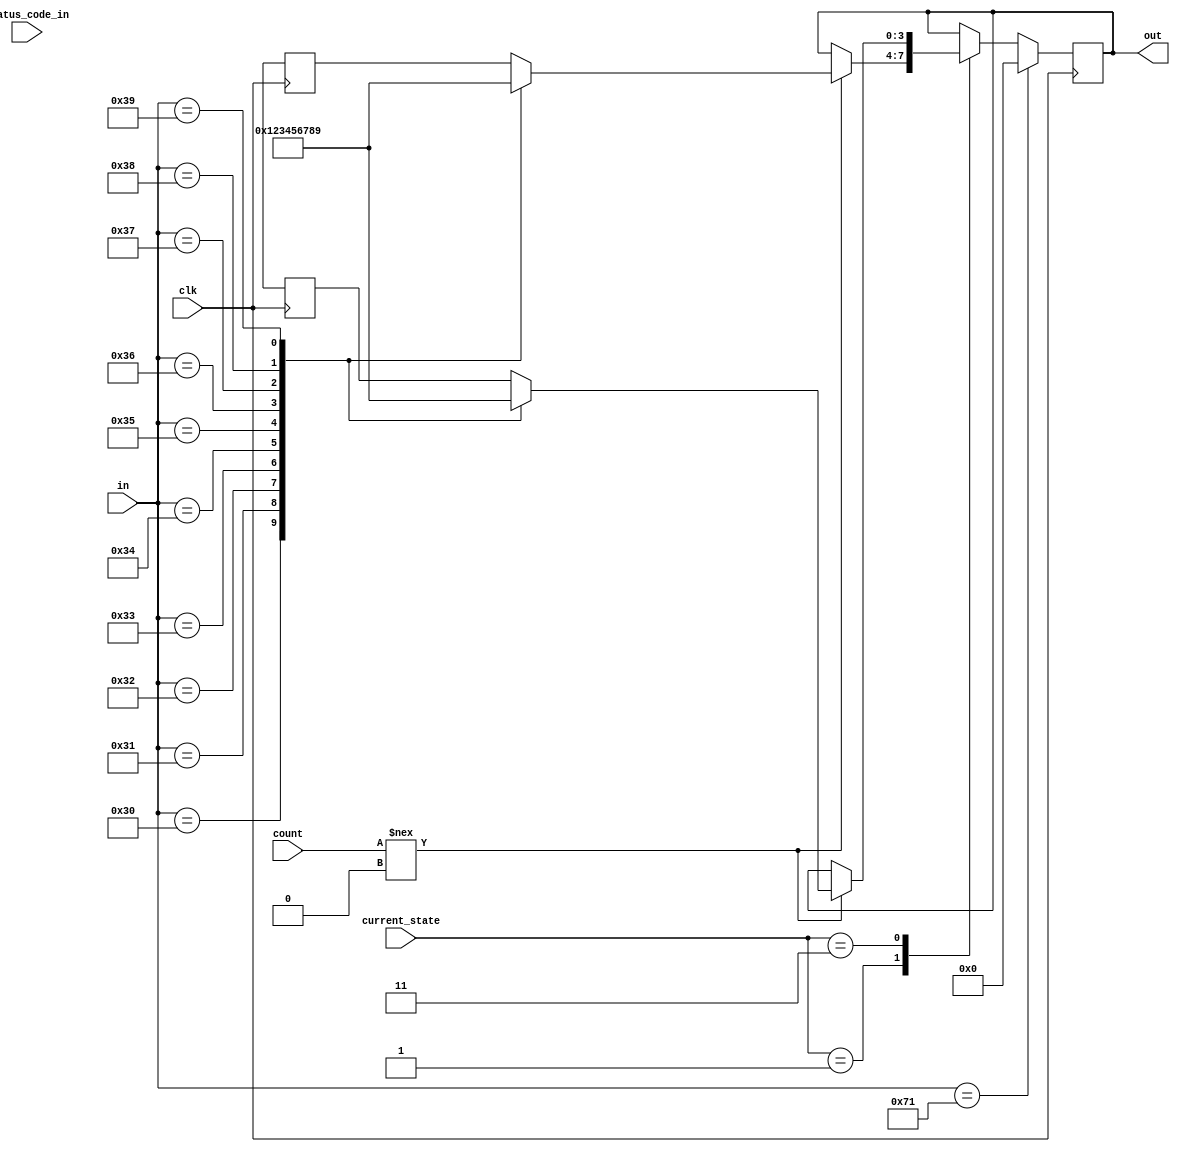
`timescale 1ns / 1ps
//////////////////////////////////////////////////////////////////////////////////
// Company: 
// Engineer: 
// 
// Design Name: 
// Module Name: asciitobinary
// Project Name: 
// Target Devices: 
// Tool Versions: 
// Description: 
// 
// Dependencies: 
// 
// Revision:
// Revision 0.01 - File Created
// Additional Comments:
// 
/////////////////////////////////////////////////////////////////////////////////
// used after ascii_decoder.v/within user_input.v

module asciitobinary (in,out,clk, count,current_state, status_code_in);
input [7:0] in; 	//ASCII input
input clk;		//Clock Signal	
input [3:0] count;
input [15:0] current_state;
input status_code_in;  //This bit goes to 1 if the data byte is received properly

output reg [3:0] out;	//Binary Output, digits 0-9 only

//parameter s0 = 2'b00, s1 = 2'b01, s2 = 2'b10, s3 = 2'b11;  //defining different states for Finite State Machine
parameter [4:0] // I made this encoding scheme so i could light up debug LEDs but there are too many states lol
                     // These will probably change but wont affect any other modules
        IDLE = 5'b00001,
        ACC_NUM = 5'b00010,
        PIN_INPUT = 5'b00011,
        MENU = 5'b00100,
        SHOW_BALANCES = 5'b00101,
        CONVERT_CURRENCY = 5'b00110,
        SELECT_CURRENCY_CONVERT_1 = 5'b00111,
        SELECT_CURRENCY_CONVERT_2 = 5'b01000,
        WITHDRAW = 5'b01001,
        SELECT_AMOUNT_WITHDRAW = 5'b01010,
        TRANSFER = 5'b01011,
        SELECT_CURRENCY_TRANSFER = 5'b01100,
        SELECT_AMOUNT_TRANSFER = 5'b01101,
        ERROR = 5'b01110,
        SUCCESS = 5'b01111;
reg fsm;		//FSM output					   
reg [3:0] a;
reg [15:0] state;	//Variable for tracking the state


   task ascii2binary;
	input [7:0] digits_byte;  
	output [3:0]out;	
	begin
		case (digits_byte)
		8'h30: out = 4'b0000;		//ASCII hex 30 = 0 in Binary
		8'h31: out = 4'b0001;		//ASCII hex 31 = 1 in Binary
		8'h32: out = 4'b0010;		//ASCII hex 32 = 2 in Binary
		8'h33: out = 4'b0011;		//ASCII hex 33 = 3 in Binary
		8'h34: out = 4'b0100;		//ASCII hex 34 = 4 in Binary
		8'h35: out = 4'b0101; 		//ASCII hex 35 = 5 in Binary
		8'h36: out = 4'b0110;		//ASCII hex 36 = 6 in Binary
		8'h37: out = 4'b0111;		//ASCII hex 37 = 7 in Binary
		8'h38: out = 4'b1000;		//ASCII hex 38 = 8 in Binary
		8'h39: out = 4'b1001;		//ASCII hex 39 = 9 in Binary
		endcase
	end
   endtask
	
always @ (posedge clk)begin
	if (in == 8'h71)begin // q for QUIT/RESET
		state = IDLE; out = 0; a =0 ;	
	end
	else begin                     //Finite State Machine: Mealy Machine
	case (current_state)
		IDLE: begin
			fsm =0; 
			if (count !== 0) begin
				ascii2binary(in,a);
				out <= a;
				//$display ($realtime, "ns %d", out);
 			end
 			/*
			else if(status_code_in !== INPUT_COMPLETE)
				state = IDLE;
			end
			*/
		end
		PIN_INPUT: begin
			fsm =0; 
			if (count !== 0) begin
				ascii2binary(in,a);
				out <= a;
				//$display ($realtime, "ns %d", out);
 			end
 			/*
			else if (status_code_in !== INPUT_COMPLETE) begin
				state = PIN_INPUT;
			end
			*/
		end/*
		MENU: begin
			fsm =1;
			if (in == 0) begin
				$display ($realtime, "ns %d", out);
				state = s0;
 			end
			else begin
				state = s3;
			end 
			*/
		//end
	endcase
	end
end
endmodule